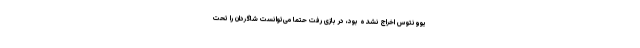
یوونتوس اخراج نشده بود، در بازی رفت حتماً می‌توانست شاگردان را تحت